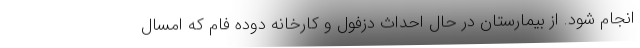
انجام شود. از بیمارستان در حال احداث دزفول و کارخانه دوده فام که امسال